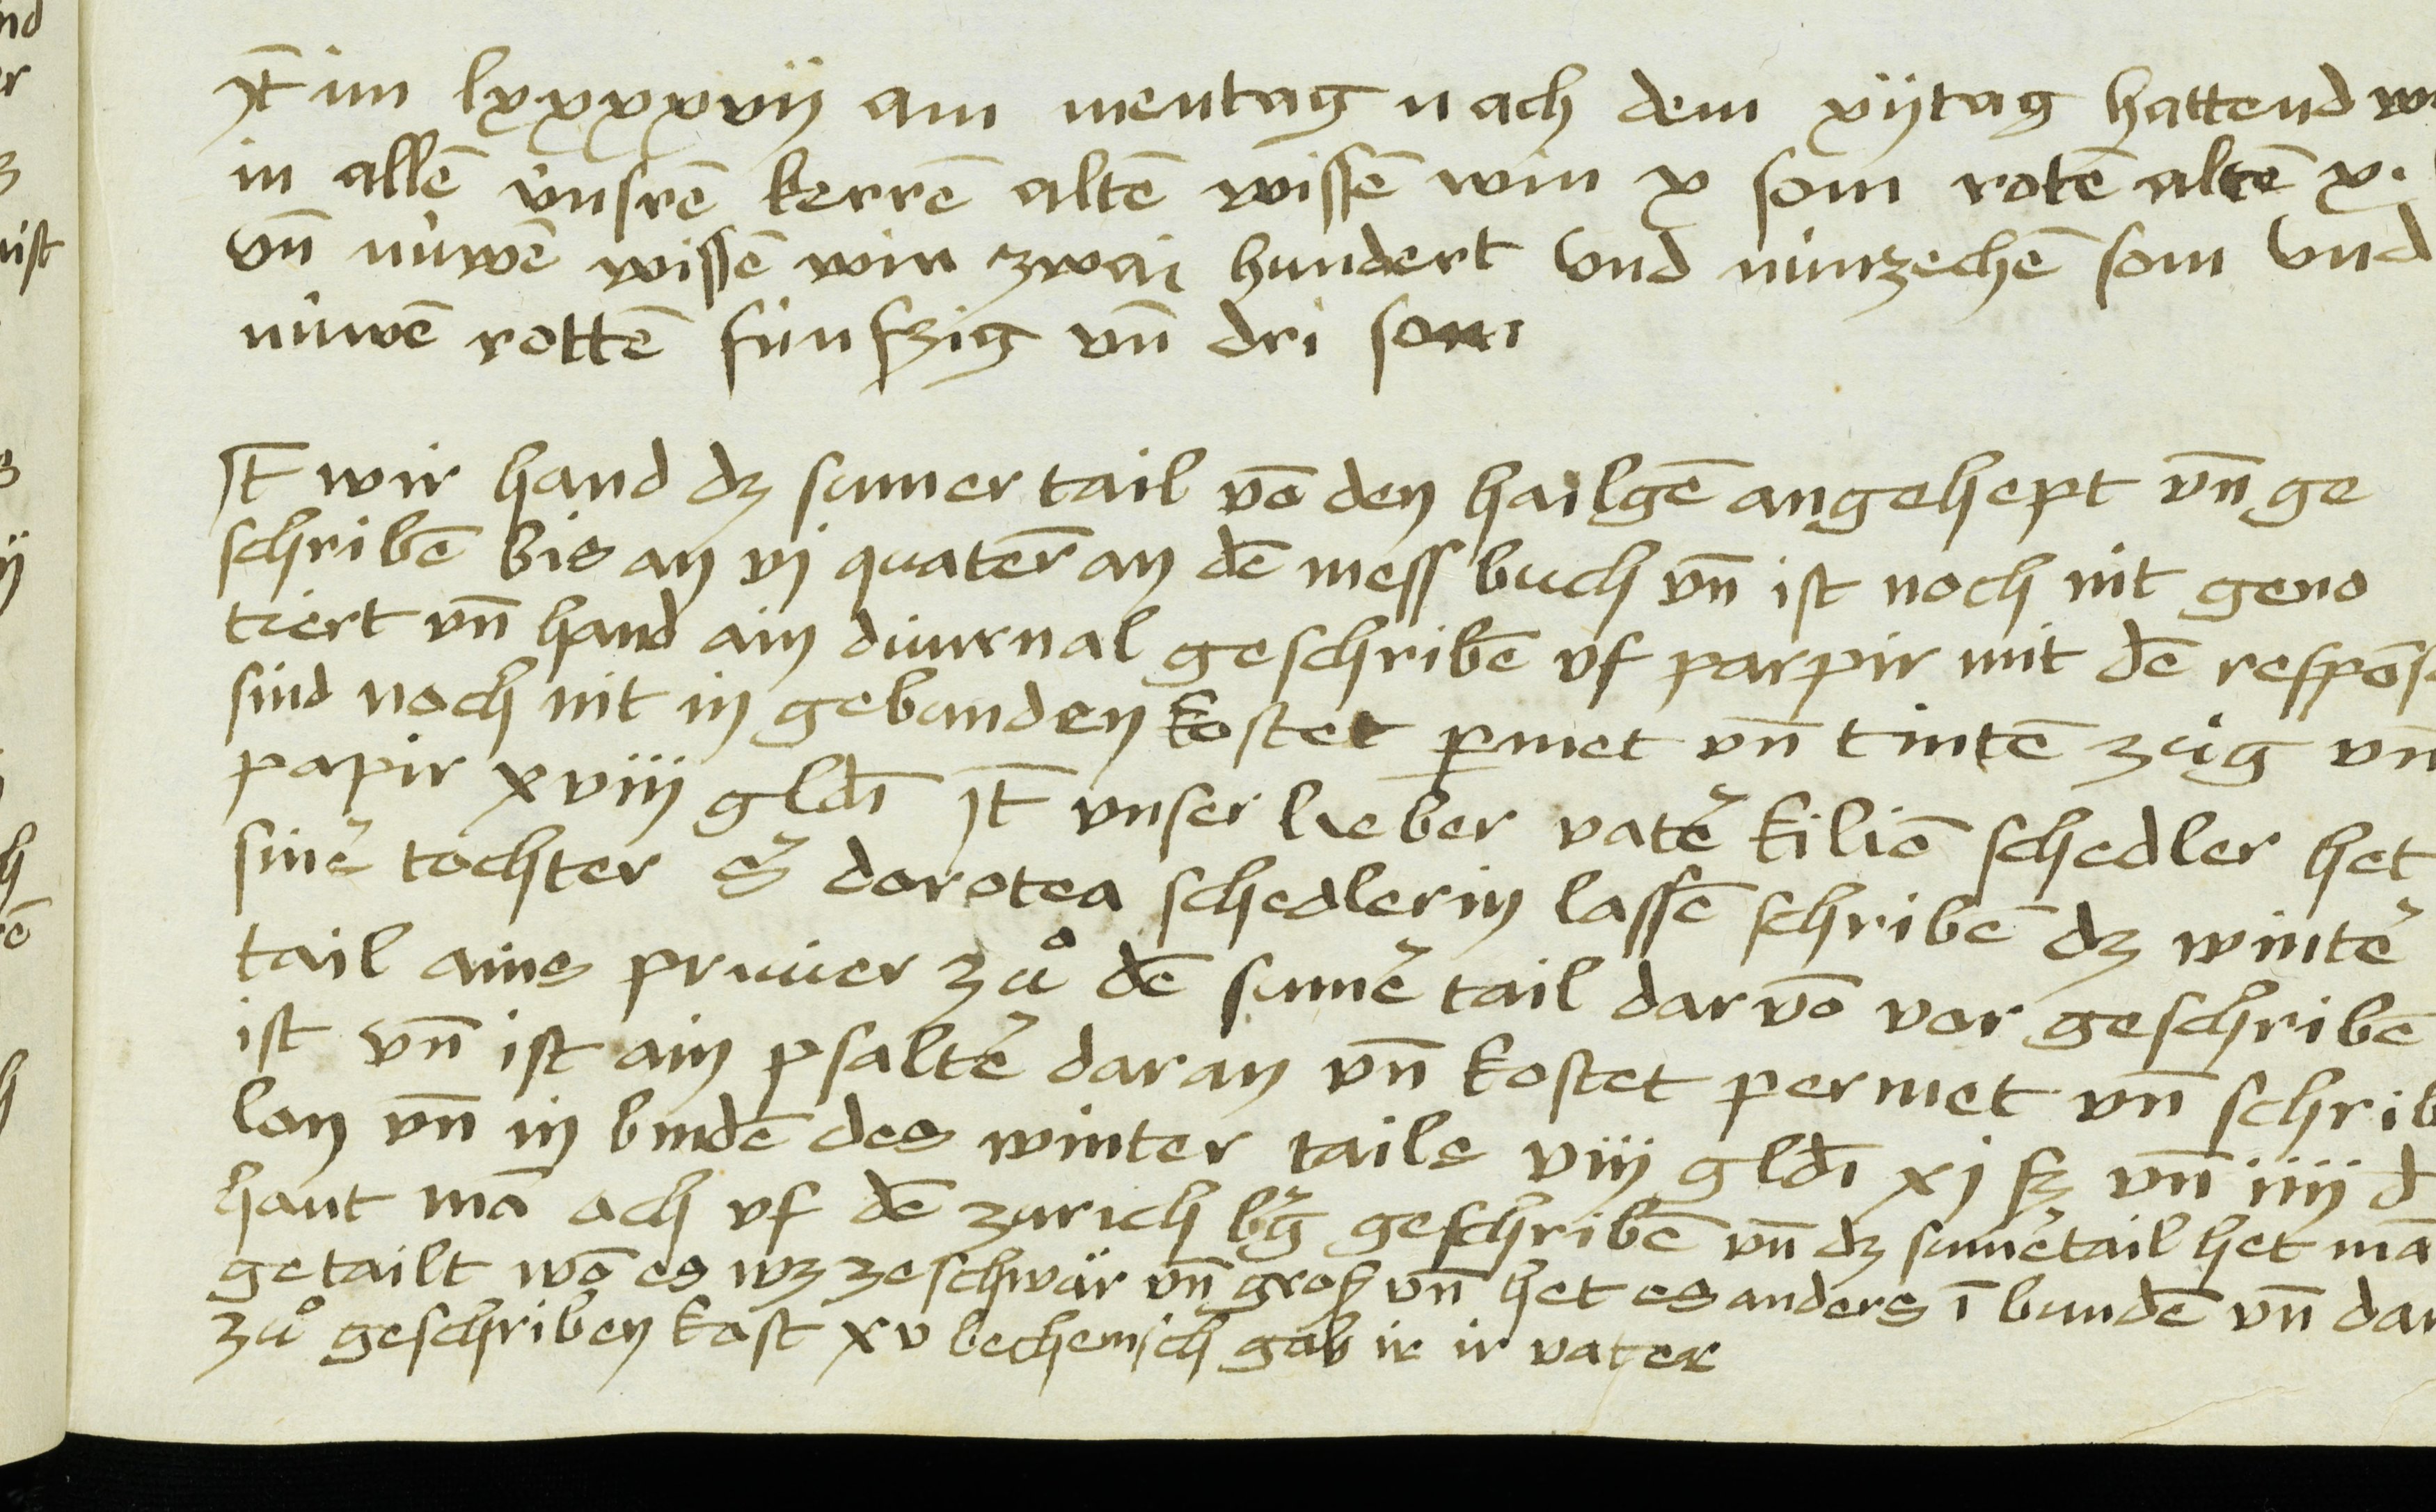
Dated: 1481–1528